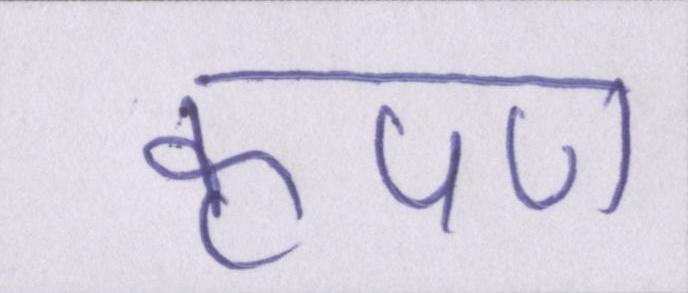
कृपण